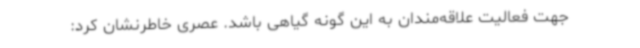
جهت فعالیت علاقه‌مندان به این گونه گیاهی باشد. عصری خاطرنشان کرد: